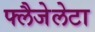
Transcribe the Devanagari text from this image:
फ्लैजेलेटा